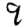
Digit: 9